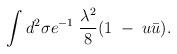
LaTeX: \begin{align*}\int d^2\sigma e^{-1} \;{\lambda^2\over 8}(1\;-\;u\bar u).\end{align*}